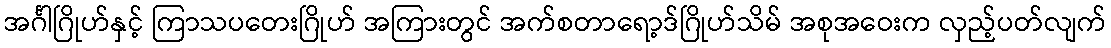
အင်္ဂါဂြိုဟ်နှင့် ကြာသပတေးဂြိုဟ် အကြားတွင် အက်စတာရော့ဒ်ဂြိုဟ်သိမ် အစုအဝေးက လှည့်ပတ်လျက်